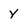
Character: y